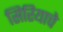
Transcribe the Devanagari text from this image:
सिरियाचे